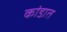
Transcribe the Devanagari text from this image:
कांडात